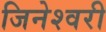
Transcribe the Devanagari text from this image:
जिनेश्वरी